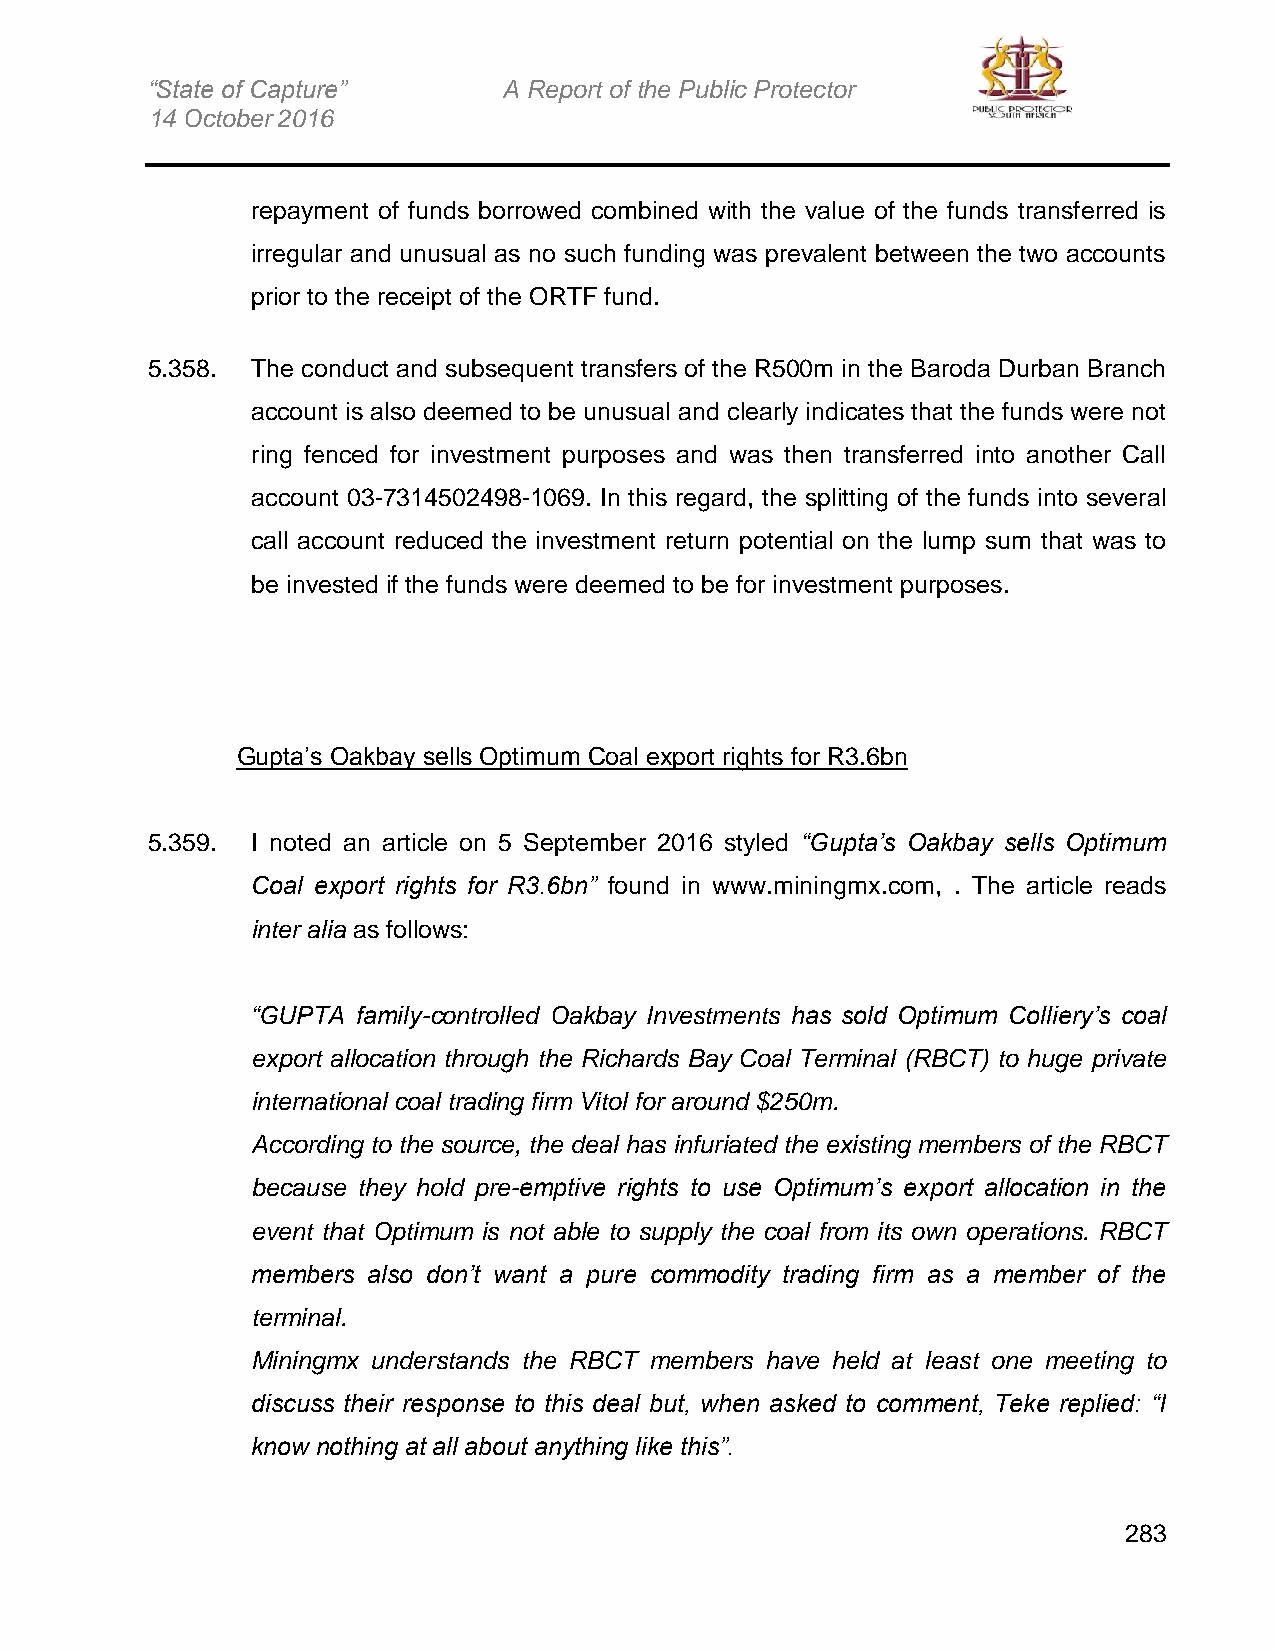
“State of Capture”     A Report of the Public Protector
 14 October 2016
 repayment of funds borrowed combined with the value of the funds transferred is
 irregular and unusual as no such funding was prevalent between the two accounts
 prior to the receipt of the ORTF fund.
 5.358. The conduct and subsequent transfers of the R500m in the Baroda Durban Branch
 account is also deemed to be unusual and clearly indicates that the funds were not
 ring fenced for investment purposes and was then transferred into another Call
 account 03-7314502498-1069. In this regard, the splitting of the funds into several
 call account reduced the investment return potential on the lump sum that was to
 be invested if the funds were deemed to be for investment purposes.
 Gupta’s Oakbay sells Optimum Coal export rights for R3.6bn
 5.359. I noted an article on 5 September 2016 styled “Gupta’s Oakbay sells Optimum
 Coal export rights for R3.6bn” found in www.miningmx.com, . The article reads
 inter alia as follows:
 “GUPTA family-controlled Oakbay Investments has sold Optimum Colliery’s coal
 export allocation through the Richards Bay Coal Terminal (RBCT) to huge private
 international coal trading firm Vitol for around $250m.
 According to the source, the deal has infuriated the existing members of the RBCT
 because they hold pre-emptive rights to use Optimum’s export allocation in the
 event that Optimum is not able to supply the coal from its own operations. RBCT
 members also don’t want a pure commodity trading firm as a member of the
 terminal.
 Miningmx understands the RBCT members have held at least one meeting to
 discuss their response to this deal but, when asked to comment, Teke replied: “I
 know nothing at all about anything like this”.
 283